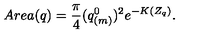
A r e a ( q ) = { \frac { \pi } { 4 } } ( q _ { ( m ) } ^ { 0 } ) ^ { 2 } e ^ { - K ( Z _ { q } ) } .